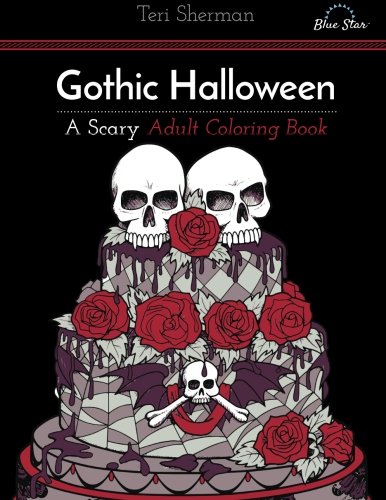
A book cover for Gothic Halloween: A Scary Adult Coloring Book; Blue Star Coloring; Arts & Photography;